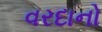
વરદાનો